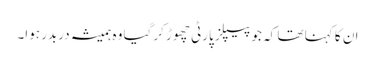
ان کا کہنا تھا کہ جو پیپلز پارٹی چھوڑ کرگیا وہ ہمیشہ دربدر ہوا۔